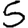
Digit: 5